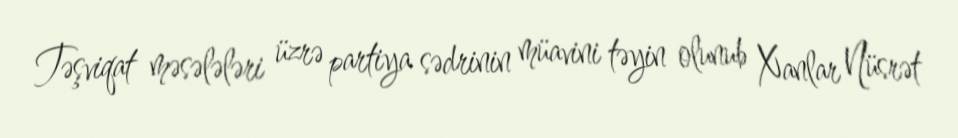
Təşviqat məsələləri üzrə partiya sədrinin müavini təyin olunub Xanlar Nüsrət